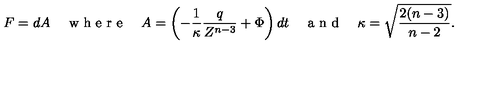
F = d A \quad \textrm { w h e r e } \quad A = \left( - \frac { 1 } { \kappa } \frac { q } { Z ^ { n - 3 } } + \Phi \right) d t \quad \textrm { a n d } \quad \kappa = \sqrt { \frac { 2 ( n - 3 ) } { n - 2 } } .